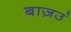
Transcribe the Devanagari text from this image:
बाज़उं